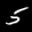
Label: 5